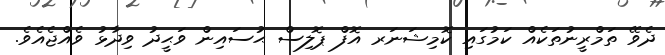
ދެވޭ ތަމްރީނުތަކެއް ކަމުގައި ކޮމިޝަނަރ އޮފް ޕޮލިސް ޙުސައިން ވަޙީދު ވިދާޅު ވެއްޖެއެވެ.